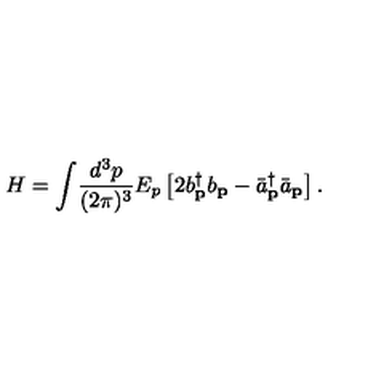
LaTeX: H = \int \! \frac { d ^ { 3 } p } { ( 2 \pi ) ^ { 3 } } E _ { p } \left[ 2 b _ { \bf p } ^ { \dag } b _ { \bf p } - { \bar { a } } _ { \bf p } ^ { \dag } { \bar { a } } _ { \bf p } \right] .